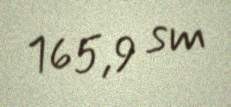
165,9 sm